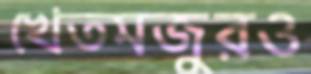
খেতমজুরও